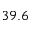
3 9 . 6